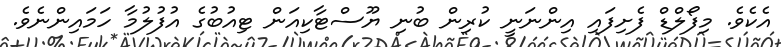
އެކެވެ. މިފޯލްޑް ފެށިފައި އިންނަނީ ކުރިން ބުނި ޔޫސްޓާކިއަން ޓިއުބުގެ އުފުލުމާ ހަމައިންނެވެ.